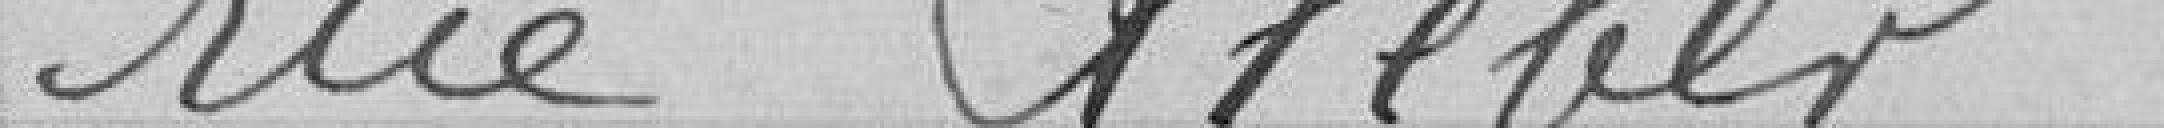
rue Keller